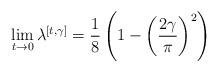
LaTeX: \begin{align*} \lim_{t\to0}\lambda^{[t,\gamma]} = \frac{1}{8}\left( 1 - \left(\frac{2\gamma}{\pi}\right)^2\right)\end{align*}